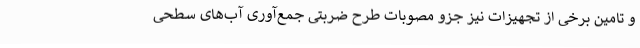
و تامین برخی از تجهیزات نیز جزو مصوبات طرح ضربتی جمع‌آوری آب‌های سطحی